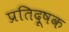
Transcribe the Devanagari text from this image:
प्रतिदूषक